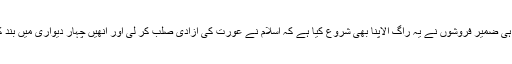
ایسے ہی ضمیر فروشوں نے یہ راگ الاپنا بھی شروع کیا ہے کہ اسلام نے عورت کی آزادی صلب کر لی اور انھیں چہار دیواری میں بند کر دیا۔